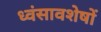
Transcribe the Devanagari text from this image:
ध्‍वंसावशेषों